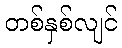
တစ်နှစ်လျင်